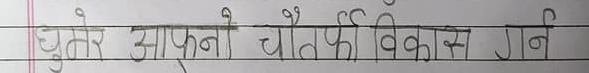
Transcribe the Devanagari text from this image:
घूतेर आफ्नो चौतर्फी विकास गर्न